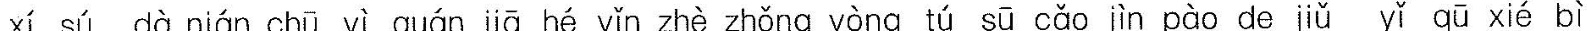
xí sú dà nián chūyī quán jiā hé yǐn zhè zhǒng yòng tú sū cǎo jīn pào de jiǔ yǐ qū xié bì